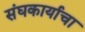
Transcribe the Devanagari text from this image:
संघकार्याचा